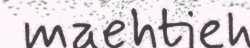
maehtieh